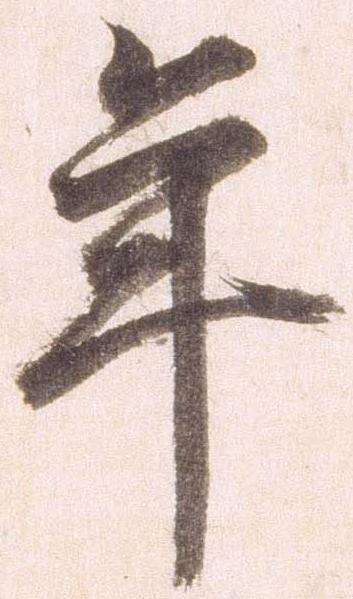
年